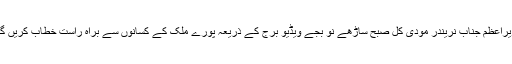
وزیراعظم جناب نریندر مودی کل صبح ساڑھے نو بجے ویڈیو برج کے ذریعہ پورے ملک کے کسانوں سے براہ راست خطاب کریں گے۔